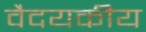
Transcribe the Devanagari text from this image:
वैदयकीय